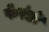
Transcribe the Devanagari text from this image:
फेरंडो